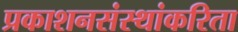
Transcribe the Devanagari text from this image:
प्रकाशनसंस्थांकरिता